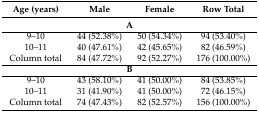
| Age (years) | Male | Female | Row Total |
 | --- | --- | --- | --- |
 | <COLSPAN=4> A |
 | 9–10 | 44 (52.38%) | 50 (54.34%) | 94 (53.40%) |
 | 10–11 | 40 (47.61%) | 42 (45.65%) | 82 (46.59%) |
 | Column total | 84 (47.72%) | 92 (52.27%) | 176 (100.00%) |
 | <COLSPAN=4> B |
 | 9–10 | 43 (58.10%) | 41 (50.00%) | 84 (53.85%) |
 | 10–11 | 31 (41.90%) | 41 (50.00%) | 72 (46.15%) |
 | Column total | 74 (47.43%) | 82 (52.57%) | 156 (100.00%) |